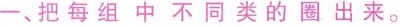
一、把每组中不同类的圈出来。